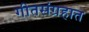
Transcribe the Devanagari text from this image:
गीतसंग्रहात